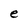
Character: e